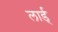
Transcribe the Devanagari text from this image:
लार्ड्‌